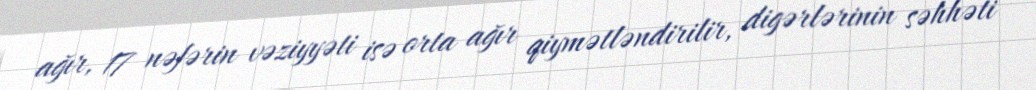
ağır, 17 nəfərin vəziyyəti isə orta ağır qiymətləndirilir, digərlərinin səhhəti